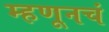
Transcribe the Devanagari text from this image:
म्हणूनचं